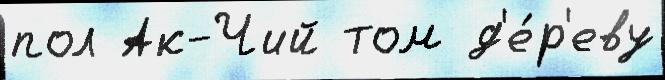
пол Ак-Чий том д'е́р'еву